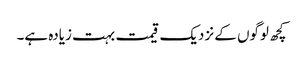
کچھ لوگوں کے نزدیک قیمت بہت زیادہ ہے۔